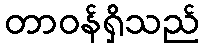
တာဝန်ရှိသည်